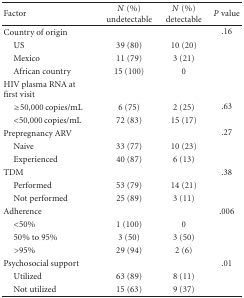
<table><thead><tr><td><b>Factor</b></td><td><b><i>N</i> (%) undetectable</b></td><td><b><i>N</i> (%) detectable</b></td><td><b><i>P</i> value</b></td></tr></thead><tbody><tr><td>Country of origin</td><td></td><td></td><td>.16</td></tr><tr><td> US</td><td>39 (80)</td><td>10 (20)</td><td></td></tr><tr><td> Mexico</td><td>11 (79)</td><td>3 (21)</td><td></td></tr><tr><td> African country</td><td>15 (100)</td><td>0</td><td></td></tr><tr><td>HIV plasma RNA at first visit</td><td></td><td></td><td></td></tr><tr><td> ≥50,000 copies/mL</td><td>6 (75)</td><td>2 (25)</td><td>.63</td></tr><tr><td> &lt;50,000 copies/mL</td><td>72 (83)</td><td>15 (17)</td><td></td></tr><tr><td>Prepregnancy ARV</td><td></td><td></td><td>.27</td></tr><tr><td> Naive</td><td>33 (77)</td><td>10 (23)</td><td></td></tr><tr><td> Experienced</td><td>40 (87)</td><td>6 (13)</td><td></td></tr><tr><td>TDM</td><td></td><td></td><td>.38</td></tr><tr><td> Performed</td><td>53 (79)</td><td>14 (21)</td><td></td></tr><tr><td> Not performed</td><td>25 (89)</td><td>3 (11)</td><td></td></tr><tr><td>Adherence</td><td></td><td></td><td>.006</td></tr><tr><td> &lt;50%</td><td>1 (100)</td><td>0</td><td></td></tr><tr><td> 50% to 95%</td><td>3 (50)</td><td>3 (50)</td><td></td></tr><tr><td> &gt;95%</td><td>29 (94)</td><td>2 (6)</td><td></td></tr><tr><td>Psychosocial support</td><td></td><td></td><td>.01</td></tr><tr><td> Utilized</td><td>63 (89)</td><td>8 (11)</td><td></td></tr><tr><td> Not utilized</td><td>15 (63)</td><td>9 (37)</td><td></td></tr></tbody></table>